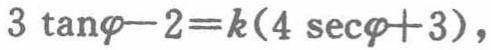
\(3\tan\varphi - 2 = k(4\sec\varphi + 3)\)